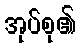
အုပ်စု၏